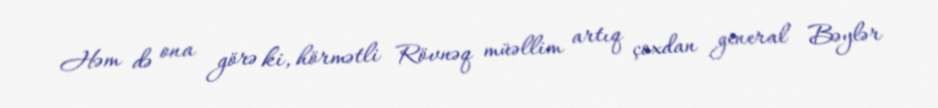
Həm də ona görə ki, hörmətli Rövnəq müəllim artıq çoxdan general Bəylər